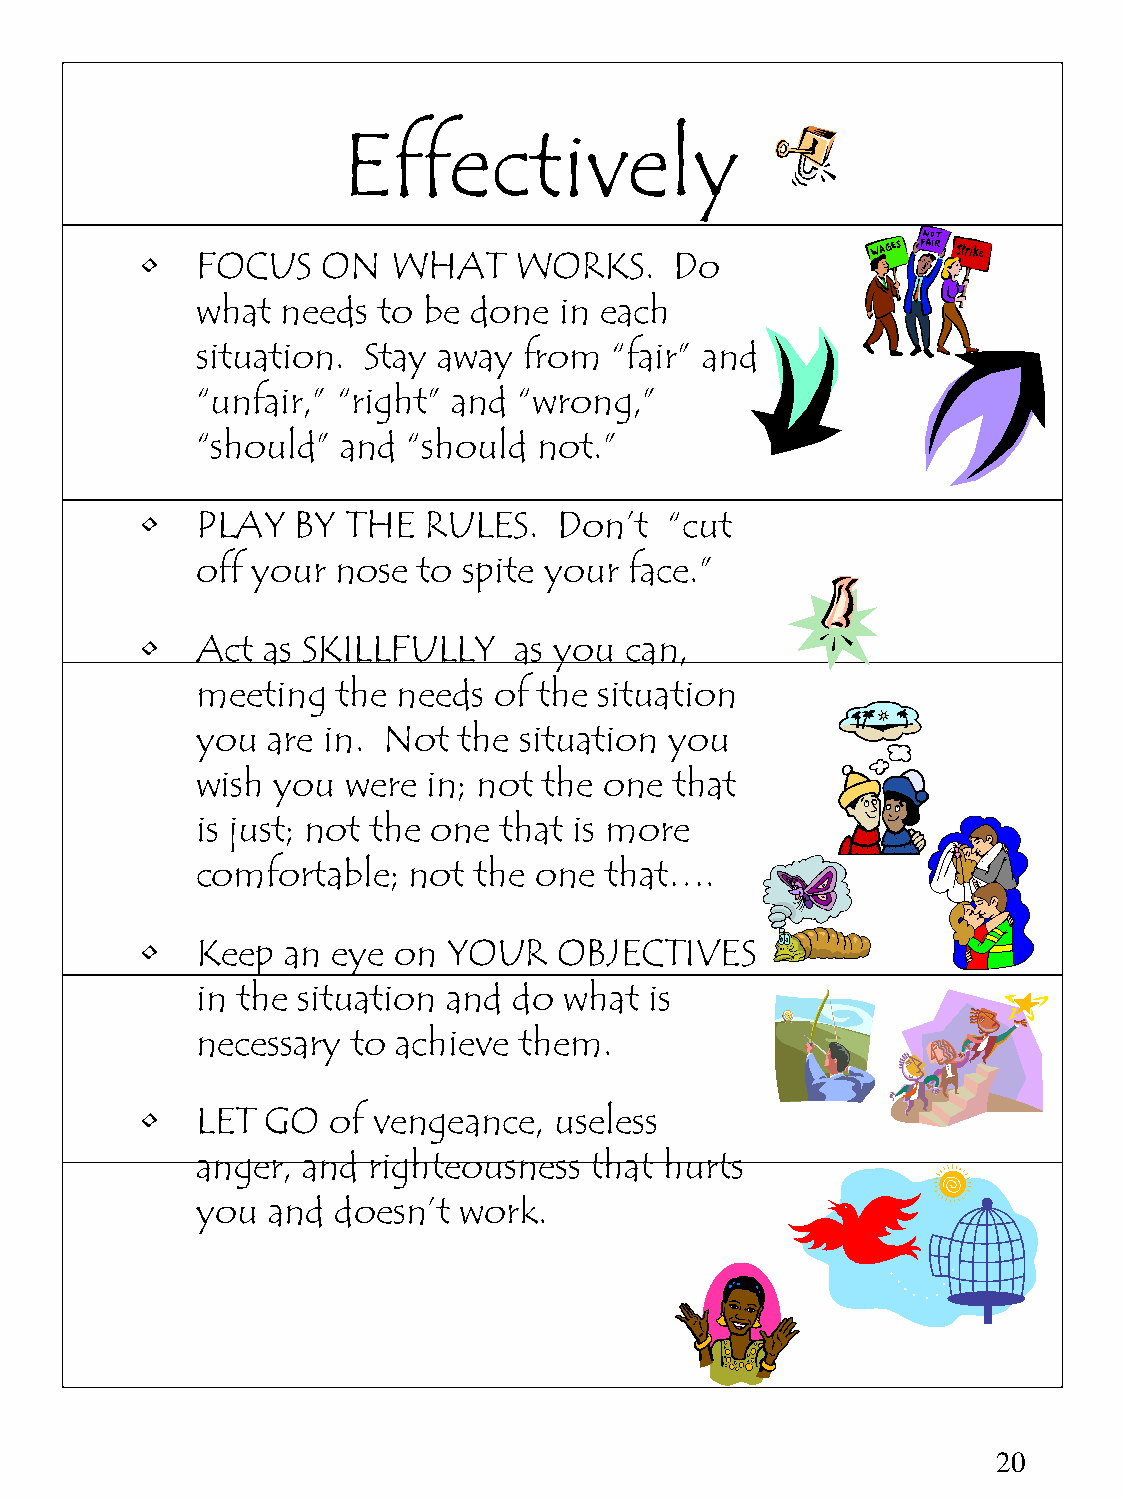
Effectively
 •   FOCUS   ON   WHAT    WORKS.     Do
 what  needs to be done  in each
 situation. Stay away  from  “fair” and
 “unfair,” “right” and “wrong,”
 “should”  and “should  not.”
 •   PLAY  BY  THE  RULES.   Don’t  “cut
 off your nose  to spite your face.”
 •   Act as SKILLFULLY    as you can,
 meeting  the needs  of the situation
 you  are in. Not the situation you
 wish you  were in; not the one  that
 is just; not the one that is more
 comfortable;  not the one  that….
 •   Keep  an eye on  YOUR   OBJECTIVES
 in the situation and do what  is
 necessary to achieve them.
 •   LET  GO  of vengeance,  useless
 anger, and righteousness  that hurts
 you  and doesn’t work.
 20